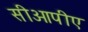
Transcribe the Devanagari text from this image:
सीओपीए